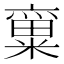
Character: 𱹙